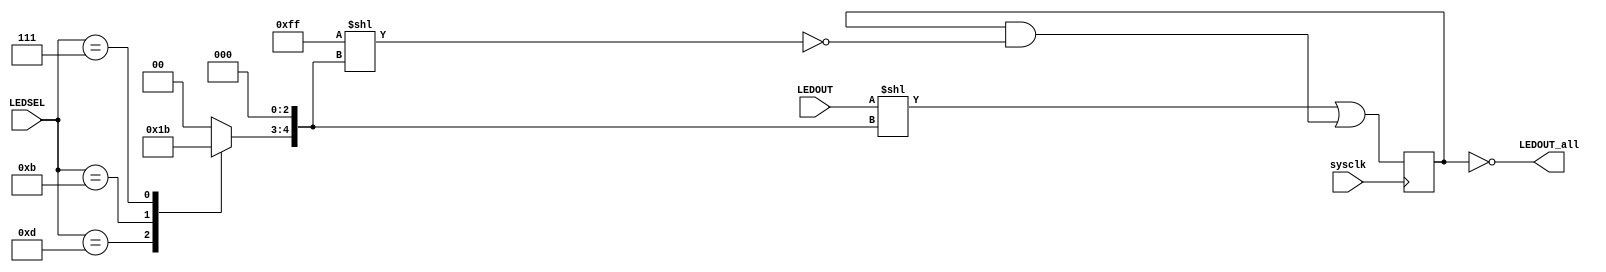
module _7seg_cap(
    input sysclk,
    input  [ 7:0] LEDOUT,
    input  [ 3:0] LEDSEL,
    output [31:0] LEDOUT_all
);
    
reg  [31:0] x, y1, y2, running_reg;
wire [31:0] LEDOUT_all;
reg   [1:0] LEDSEL_bin;
wire  [4:0] sh_amt;

initial begin
    x = 0;
    y1 = 0;
    y2 = 0;
    running_reg = 0;
    LEDSEL_bin = 0;
end

always@ (posedge sysclk)
begin
    x = LEDOUT << sh_amt;
    y1 = ~(8'hff << sh_amt);
    y2 = running_reg & y1;
    running_reg = x | y2;
end


// one_hot_to_bin
always@ (LEDSEL)
begin
case (LEDSEL)
    4'b1110: LEDSEL_bin = 2'd0;
    4'b1101: LEDSEL_bin = 2'd1;
    4'b1011: LEDSEL_bin = 2'd2;
    4'b0111: LEDSEL_bin = 2'd3;
    default: LEDSEL_bin = 2'd0;
endcase
end

assign sh_amt = LEDSEL_bin << 3;
assign LEDOUT_all = ~running_reg;

endmodule